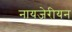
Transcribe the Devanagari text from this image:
नायजेरीयन